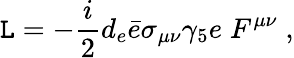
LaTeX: {\cal{\mathtt{L}}}=-{\frac{{i}}{{2}}}d_{e}\bar{{e}}\sigma_{\mu\nu}\gamma_{5}e\; F^{\mu\nu}\; ,